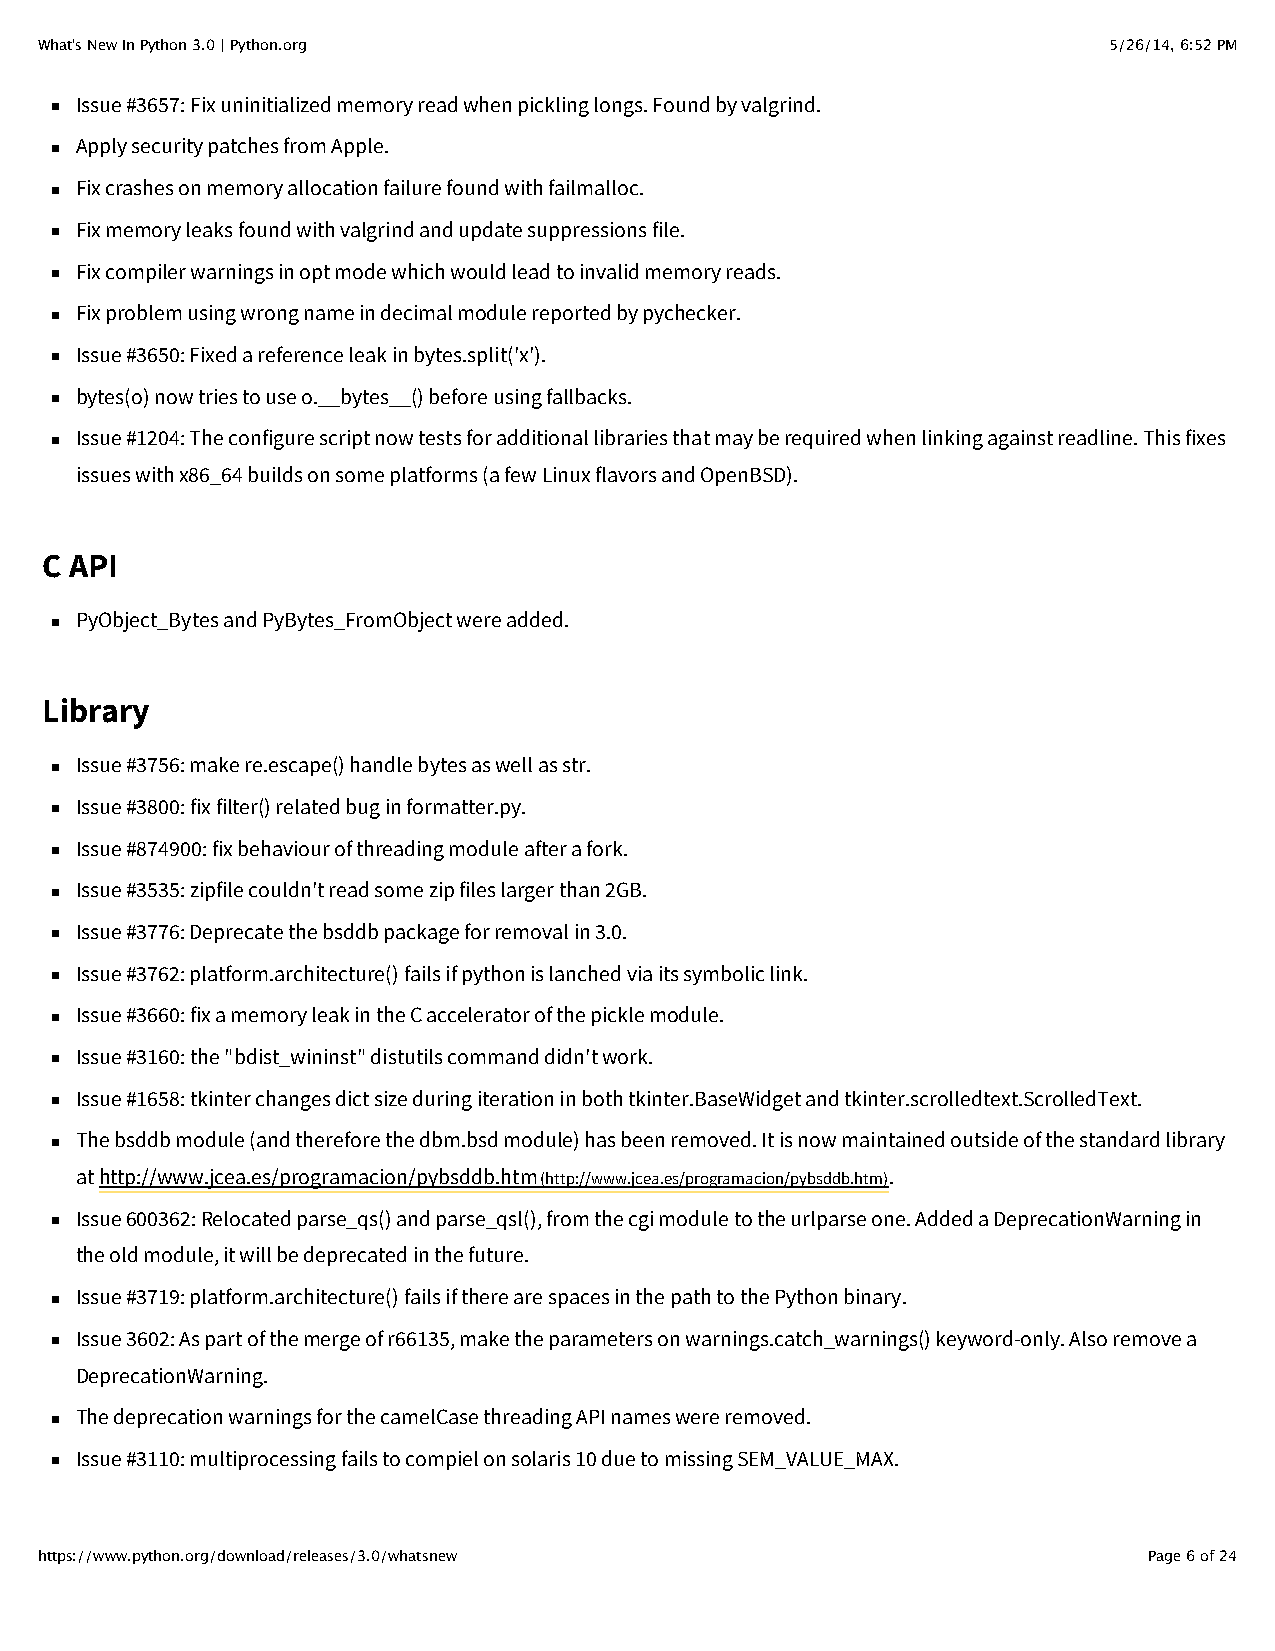
What's New In Python 3.0 | Python.org                                  5/26/14, 6:52 PM
 Issue #3657: Fix uninitialized memory read when pickling longs. Found by valgrind.
 Apply security patches from Apple.
 Fix crashes on memory allocation failure found with failmalloc.
 Fix memory leaks found with valgrind and update suppressions file.
 Fix compiler warnings in opt mode which would lead to invalid memory reads.
 Fix problem using wrong name in decimal module reported by pychecker.
 Issue #3650: Fixed a reference leak in bytes.split('x').
 bytes(o) now tries to use o.__bytes__() before using fallbacks.
 Issue #1204: The configure script now tests for additional libraries that may be required when linking against readline. This fixes
 issues with x86_64 builds on some platforms (a few Linux flavors and OpenBSD).
 C API
 PyObject_Bytes and PyBytes_FromObject were added.
 Library
 Issue #3756: make re.escape() handle bytes as well as str.
 Issue #3800: fix filter() related bug in formatter.py.
 Issue #874900: fix behaviour of threading module after a fork.
 Issue #3535: zipfile couldn't read some zip files larger than 2GB.
 Issue #3776: Deprecate the bsddb package for removal in 3.0.
 Issue #3762: platform.architecture() fails if python is lanched via its symbolic link.
 Issue #3660: fix a memory leak in the C accelerator of the pickle module.
 Issue #3160: the "bdist_wininst" distutils command didn't work.
 Issue #1658: tkinter changes dict size during iteration in both tkinter.BaseWidget and tkinter.scrolledtext.ScrolledText.
 The bsddb module (and therefore the dbm.bsd module) has been removed. It is now maintained outside of the standard library
 at http://www.jcea.es/programacion/pybsddb.htm (http://www.jcea.es/programacion/pybsddb.htm).
 Issue 600362: Relocated parse_qs() and parse_qsl(), from the cgi module to the urlparse one. Added a DeprecationWarning in
 the old module, it will be deprecated in the future.
 Issue #3719: platform.architecture() fails if there are spaces in the path to the Python binary.
 Issue 3602: As part of the merge of r66135, make the parameters on warnings.catch_warnings() keyword-only. Also remove a
 DeprecationWarning.
 The deprecation warnings for the camelCase threading API names were removed.
 Issue #3110: multiprocessing fails to compiel on solaris 10 due to missing SEM_VALUE_MAX.
 https://www.python.org/download/releases/3.0/whatsnew                     Page 6 of 24